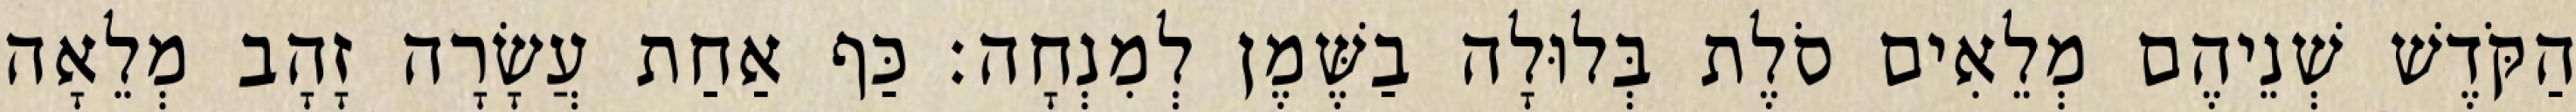
הַקֹּדֶשׁ שְׁנֵיהֶם מְלֵאִים סֹלֶת בְּלוּלָה בַשֶּׁמֶן לְמִנְחָה׃ כַּף אַחַת עֲשָׂרָה זָהָב מְלֵאָה